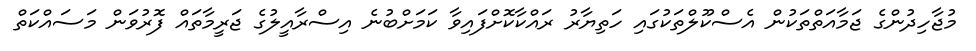
މުޖާހިދުންގެ ޖަމާއަތްތަކުން އެސްކޫލްތަކުގައި ހަތިޔާރު ރައްކާކޮށްފައިވާ ކަމަށްބުނެ އިސްރާއީލުގެ ޖަރީމާތައް ފޮރުވަން މަސައްކަތް